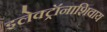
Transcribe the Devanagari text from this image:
इलेक्ट्रॉनाशिवाय